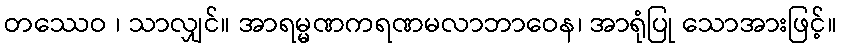
တဿေဝ ၊ သာလျှင်။ အာရမ္မဏကရဏမလာဘာဝေန၊ အာရုံပြု သောအားဖြင့်။